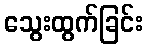
သွေးထွက်ခြင်း